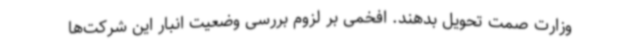
وزارت صمت تحویل بدهند. افخمی بر لزوم بررسی وضعیت انبار این شرکت‌ها